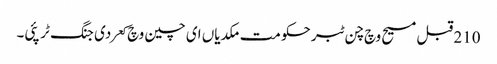
210 قبل مسیح وچ چن ٹبر حکومت مکدیاں ای چین وچ کعر دی جنگ ٹر پئی۔